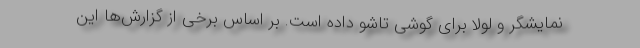
نمایشگر و لولا برای گوشی تاشو داده است. بر اساس برخی از گزارش‌ها این